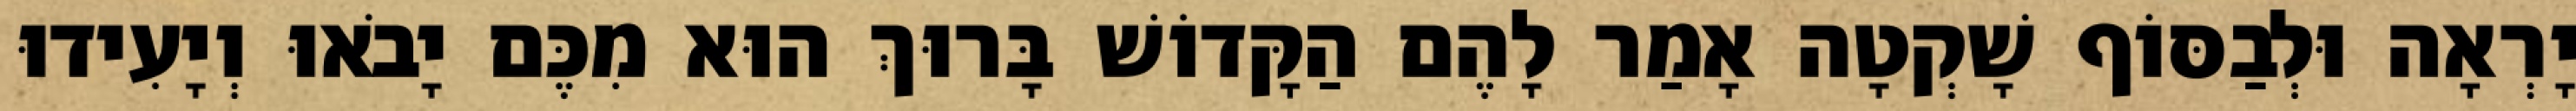
יָרְאָה וּלְבַסּוֹף שָׁקְטָה אָמַר לָהֶם הַקָּדוֹשׁ בָּרוּךְ הוּא מִכֶּם יָבֹאוּ וְיָעִידוּ